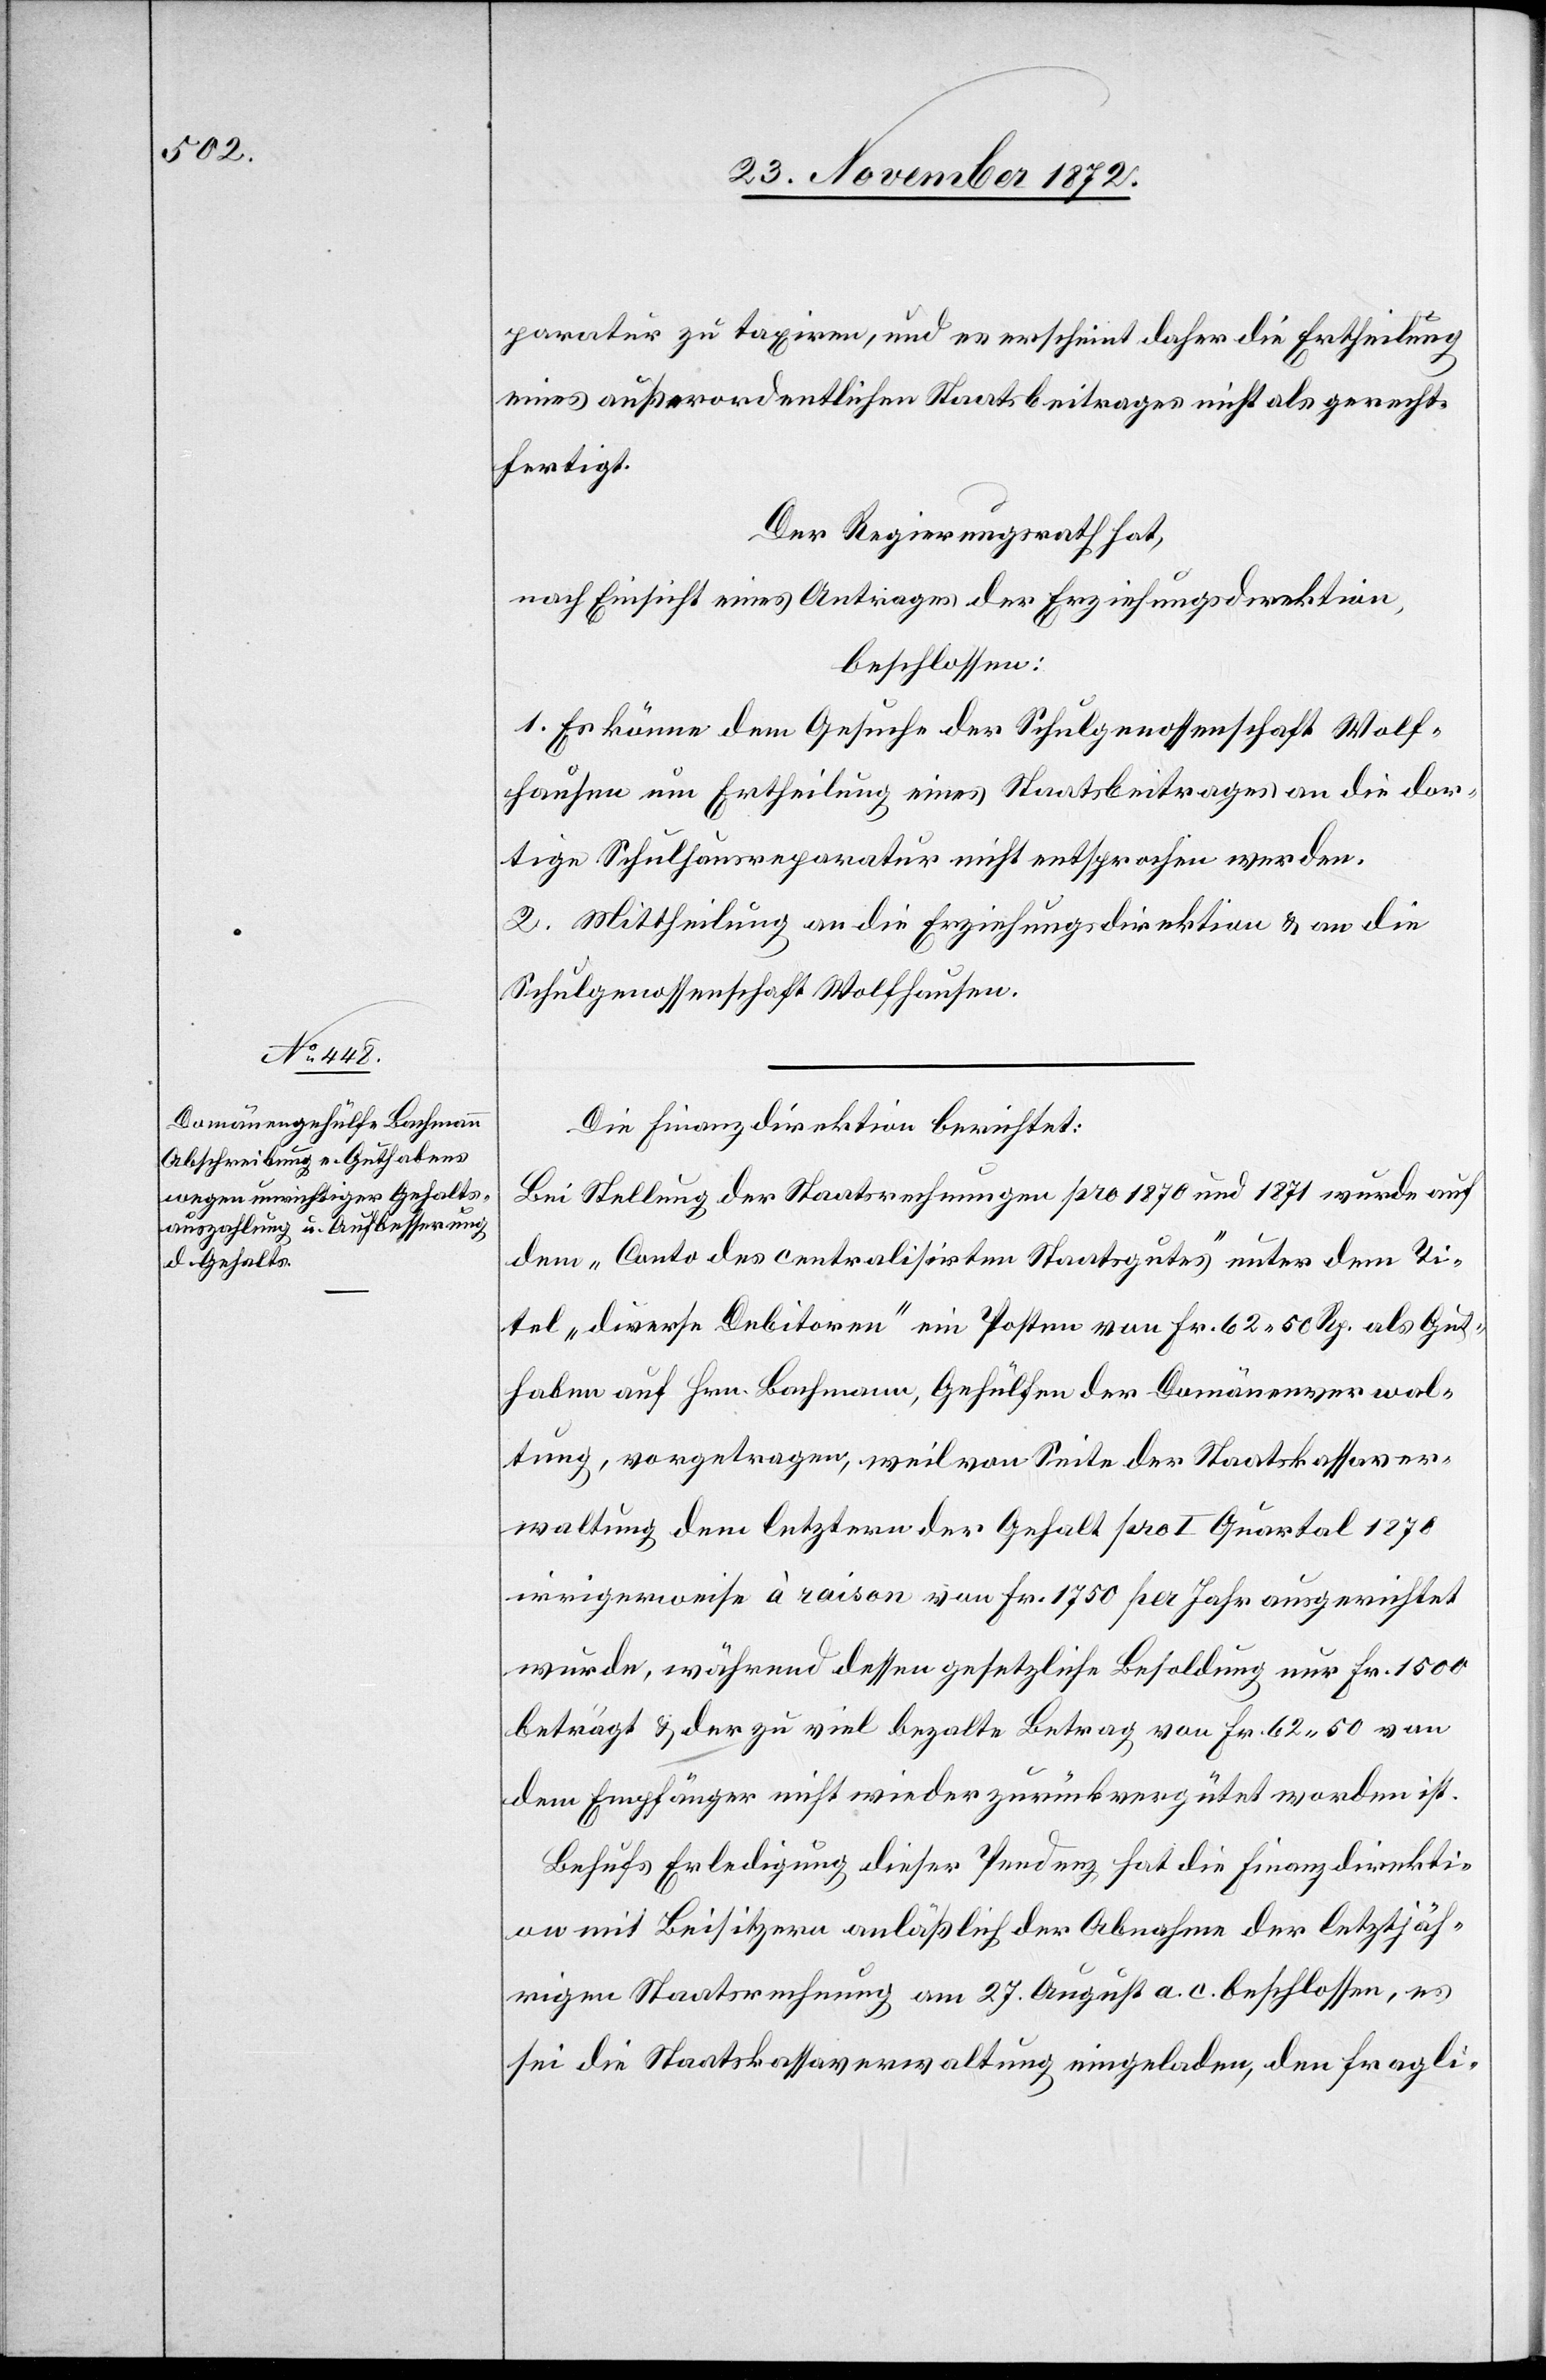
Die Finanzdirektion berichtet:
Bei Stellung der Staatsrechnungen pro 1870 und 1871 wurde auf
dem „Conto des centralisirten Staatsgutes“ unter dem Ti¬
tel „diverse Dubitoren“ ein Posten von Fr. 62 50 Rp. als Gut¬
haben auf Hrn. Bachmann, Gehülfen der Domänenverwal¬
tung, vorgetragen, weil von Seite der Staatskassaver¬
waltung dem letztern der Gehalt pro I Quartal 1870
irrigerweise à raison von Fr. 1 750 per Jahr ausgerichtet
wurde, während dessen gesetzliche Besoldung nur Fr. 1 500
beträgt u. der zu viel bezalte Betrag von Fr. 62 50 von
dem Empfänger nicht wieder zurückvergütet worden ist.
Behufs Erledigung dieser Pendenz hat die Finanzdirekti¬
on mit Beisitzern anläßlich der Abnahme der letztjäh¬
rigen Staatsrechnung am 27. August a. c. beschlossen, es
sei die Staatskassaverwaltung eingeladen, den fragli-